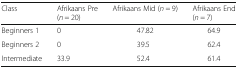
<table><thead><tr><td><b>Class</b></td><td><b>Afrikaans Pre(<i>n</i> = 20)</b></td><td><b>Afrikaans Mid (<i>n</i> = 9)</b></td><td><b>Afrikaans End(<i>n</i> = 7)</b></td></tr></thead><tbody><tr><td>Beginners 1</td><td>0</td><td>47.82</td><td>64.9</td></tr><tr><td>Beginners 2</td><td>0</td><td>39.5</td><td>62.4</td></tr><tr><td>Intermediate</td><td>33.9</td><td>52.4</td><td>61.4</td></tr></tbody></table>